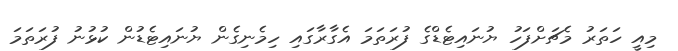
މިއީ ހަތަރު މެޗަށްފަހު ޔުނައިޓެޑްގެ ފުރަތަމަ އެގާރާގައި ހިމެނިގެން ޔުނައިޓެޑުން ކުޅުނު ފުރަތަމަ